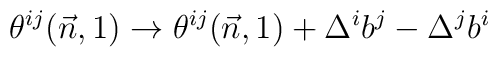
\theta^{ij}(\vec n,1) \to \theta^{ij}(\vec n,1) +\Delta^i b^j - \Delta^j b^i